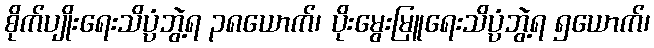
စိုက်ပျိုးရေးသိပ္ပံဘွဲ့ရ ၃၈ယောက်၊ ပိုးမွေးမြူရေးသိပ္ပံဘွဲ့ရ ၅ယောက်၊